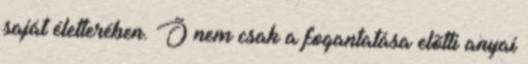
saját életterében. Õ nem csak a fogantatása elõtti anyai